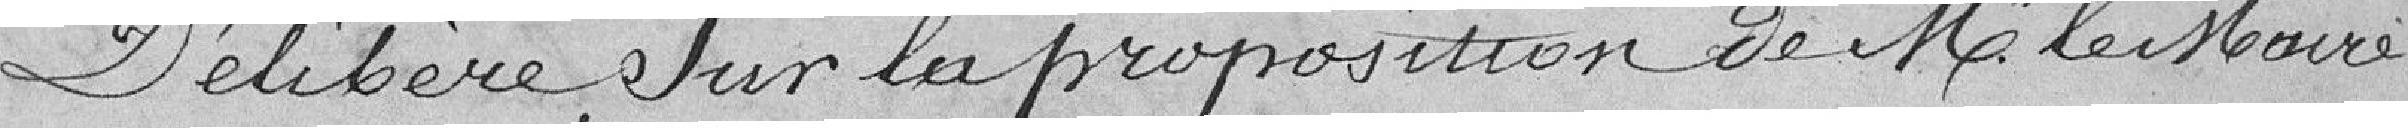
Délibère, sur la proposition de M. le Maire,